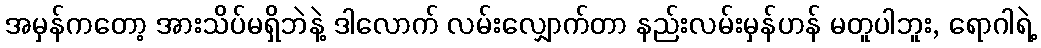
အမှန်ကတော့ အားသိပ်မရှိဘဲနဲ့ ဒါလောက် လမ်းလျှောက်တာ နည်းလမ်းမှန်ဟန် မတူပါဘူး, ရောဂါရဲ့